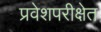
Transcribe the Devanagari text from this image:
प्रवेशपरीक्षेत